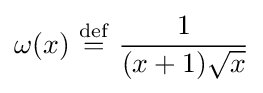
\omega (x)\ {\stackrel {\mathrm {def} }{=}}\ {\frac {1}{(x+1){\sqrt {x}}}}